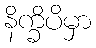
နိက္ခိပိမှာ